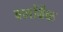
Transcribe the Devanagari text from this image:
बलोंबैक